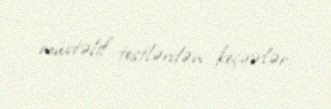
müxtəlif testlərdən keçirirlər.